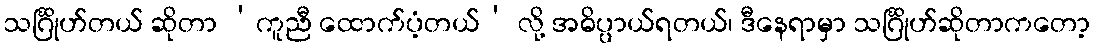
သင်္ဂြိုဟ်တယ် ဆိုတာ ‘ကူညီ ထောက်ပံ့တယ်’ လို့ အဓိပ္ပာယ်ရတယ်၊ ဒီနေရာမှာ သင်္ဂြိုဟ်ဆိုတာကတော့